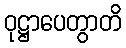
ဝုဋ္ဌာပေတွာတိ